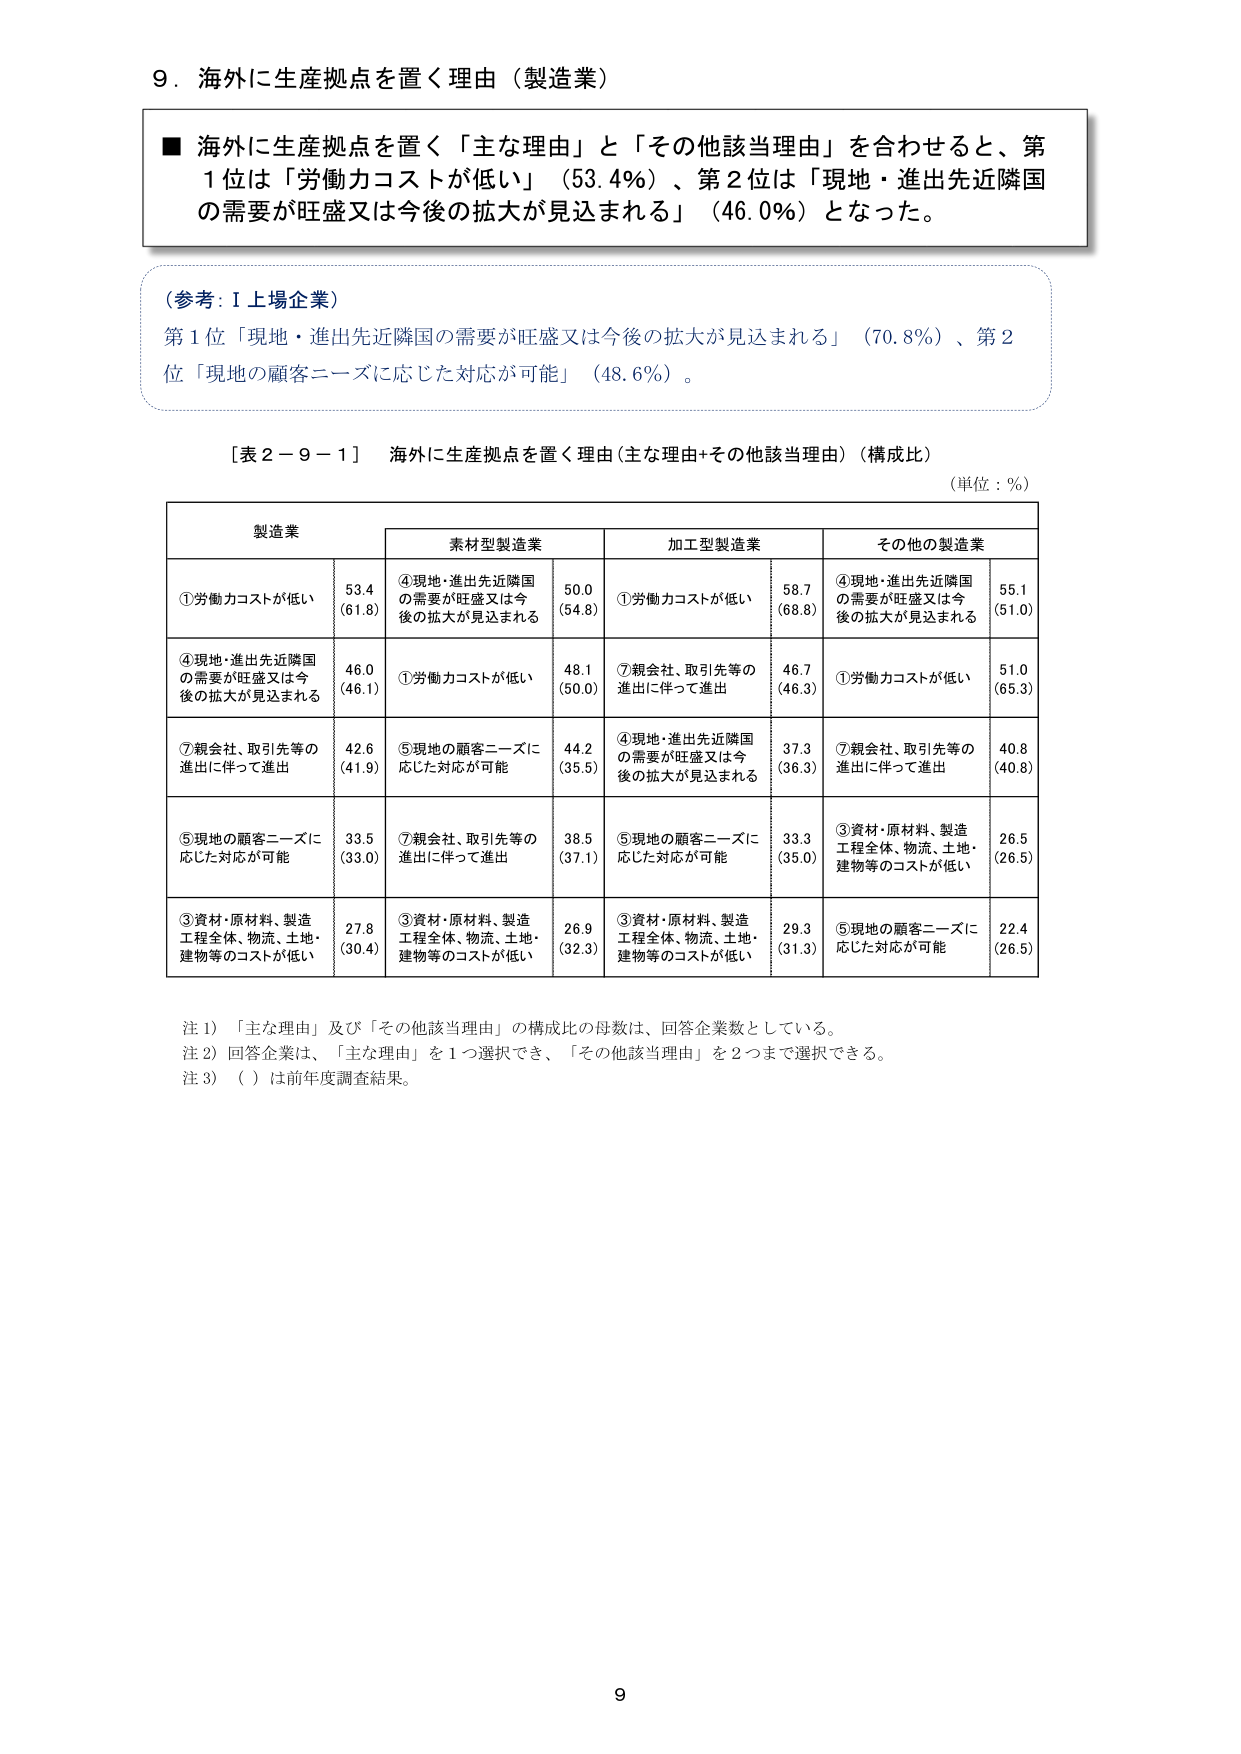
9．海外に生産拠点を置く理由（製造業）

■ 海外に生産拠点を置く「主な理由」と「その他該当理由」を合わせると、第1位は「労働力コストが低い」（53.4％）、第2位は「現地・進出先近隣国の需要が旺盛又は今後の拡大が見込まれる」（46.0％）となった。

（参考：Ⅰ上場企業）
第1位「現地・進出先近隣国の需要が旺盛又は今後の拡大が見込まれる」（70.8％）、第2位「現地の顧客ニーズに応じた対応が可能」（48.6％）。

［表2－9－1］ 海外に生産拠点を置く理由（主な理由＋その他該当理由）（構成比）
（単位：％）

製造業
素材型製造業
加工型製造業
その他の製造業

①労働力コストが低い
53.4
（61.8）
④現地・進出先近隣国の需要が旺盛又は今後の拡大が見込まれる
50.0
（54.8）
①労働力コストが低い
58.7
（68.8）
④現地・進出先近隣国の需要が旺盛又は今後の拡大が見込まれる
55.1
（51.0）

④現地・進出先近隣国の需要が旺盛又は今後の拡大が見込まれる
46.0
（46.1）
①労働力コストが低い
48.1
（50.0）
⑦親会社、取引先等の進出に伴って進出
46.7
（46.3）
①労働力コストが低い
51.0
（65.3）

⑦親会社、取引先等の進出に伴って進出
42.6
（41.9）
⑤現地の顧客ニーズに応じた対応が可能
44.2
（35.5）
④現地・進出先近隣国の需要が旺盛又は今後の拡大が見込まれる
37.3
（36.3）
⑦親会社、取引先等の進出に伴って進出
40.8
（40.8）

⑤現地の顧客ニーズに応じた対応が可能
33.5
（33.0）
⑦親会社、取引先等の進出に伴って進出
38.5
（37.1）
⑤現地の顧客ニーズに応じた対応が可能
33.3
（35.0）
③資材・原材料、製造工程全体、物流、土地・建物等のコストが低い
26.5
（26.5）

③資材・原材料、製造工程全体、物流、土地・建物等のコストが低い
27.8
（30.4）
③資材・原材料、製造工程全体、物流、土地・建物等のコストが低い
26.9
（32.3）
③資材・原材料、製造工程全体、物流、土地・建物等のコストが低い
29.3
（31.3）
⑤現地の顧客ニーズに応じた対応が可能
22.4
（26.5）

注1）「主な理由」及び「その他該当理由」の構成比の母数は、回答企業数としている。
注2）回答企業は、「主な理由」を1つ選択でき、「その他該当理由」を2つまで選択できる。
注3）（　）は前年度調査結果。

9